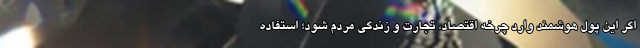
اگر این پول هوشمند وارد چرخه اقتصاد، تجارت و زندگی مردم شود؛ استفاده